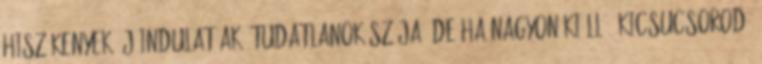
hiszékenyek, jóindulatúak, tudatlanok szája. De ha nagyon kiálló, kicsucsorodó